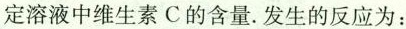
定溶液中维生素C的含量。发生的反应为：